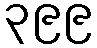
၃၉၉